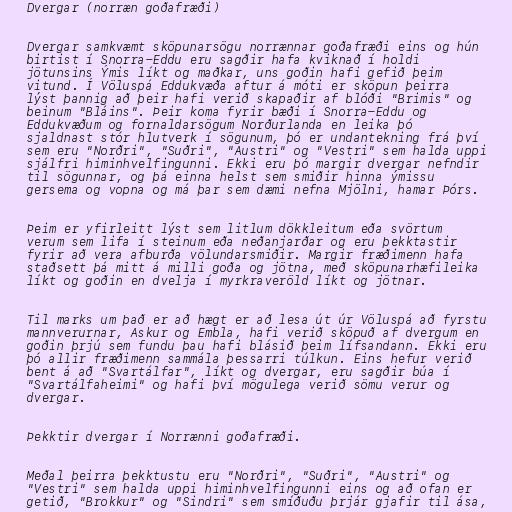
Dvergar (norræn goðafræði)

Dvergar samkvæmt sköpunarsögu norrænnar goðafræði eins og hún
birtist í Snorra-Eddu eru sagðir hafa kviknað í holdi
jötunsins Ýmis líkt og maðkar, uns goðin hafi gefið þeim
vitund. Í Völuspá Eddukvæða aftur á móti er sköpun þeirra
lýst þannig að þeir hafi verið skapaðir af blóði "Brimis" og
beinum "Bláins". Þeir koma fyrir bæði í Snorra-Eddu og
Eddukvæðum og fornaldarsögum Norðurlanda en leika þó
sjaldnast stór hlutverk í sögunum, þó er undantekning frá því
sem eru "Norðri", "Suðri", "Austri" og "Vestri" sem halda uppi
sjálfri himinhvelfingunni. Ekki eru þó margir dvergar nefndir
til sögunnar, og þá einna helst sem smiðir hinna ýmissu
gersema og vopna og má þar sem dæmi nefna Mjölni, hamar Þórs.

Þeim er yfirleitt lýst sem litlum dökkleitum eða svörtum
verum sem lifa í steinum eða neðanjarðar og eru þekktastir
fyrir að vera afburða völundarsmiðir. Margir fræðimenn hafa
staðsett þá mitt á milli goða og jötna, með sköpunarhæfileika
líkt og goðin en dvelja í myrkraveröld líkt og jötnar.

Til marks um það er að hægt er að lesa út úr Völuspá að fyrstu
mannverurnar, Askur og Embla, hafi verið sköpuð af dvergum en
goðin þrjú sem fundu þau hafi blásið þeim lífsandann. Ekki eru
þó allir fræðimenn sammála þessarri túlkun. Eins hefur verið
bent á að "Svartálfar", líkt og dvergar, eru sagðir búa í
"Svartálfaheimi" og hafi því mögulega verið sömu verur og
dvergar.

Þekktir dvergar í Norrænni goðafræði.

Meðal þeirra þekktustu eru "Norðri", "Suðri", "Austri" og
"Vestri" sem halda uppi himinhvelfingunni eins og að ofan er
getið, "Brokkur" og "Sindri" sem smíðuðu þrjár gjafir til ása,